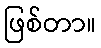
ဖြစ်တာ။